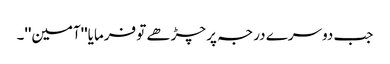
جب دوسرے درجہ پر چڑھے تو فرمایا''آمین''۔